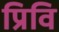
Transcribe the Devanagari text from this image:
प्रिवि